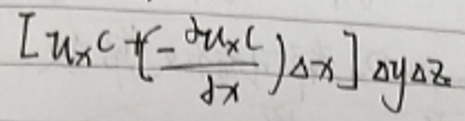
$\left[u_x c+\left(-\frac{\partial u_x c}{\partial x}\right)\Delta x\right]\Delta y\Delta z$